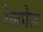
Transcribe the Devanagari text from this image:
रेलपेल